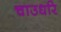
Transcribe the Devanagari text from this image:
चाउधरि